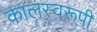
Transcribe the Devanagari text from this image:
कालस्वरूपी